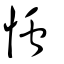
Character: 𢥞